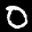
Label: 0